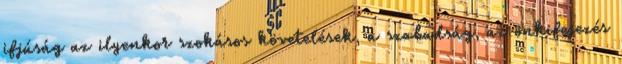
ifjúság az ilyenkor szokásos követelések, a szabadság, az önkifejezés